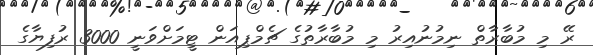
ރޭ މި މުބާރާތް ނިމުނުއިރު މި މުބާރާތުގެ ޗެމްޕިއަން ޓީމަށްވަނީ 3000 ރުފިޔާގެ